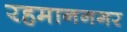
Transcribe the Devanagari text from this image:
रहमाननगर